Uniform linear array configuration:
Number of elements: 12
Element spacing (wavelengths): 0.75
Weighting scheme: blackman
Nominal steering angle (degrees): -60
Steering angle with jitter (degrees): -60.05
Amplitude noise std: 0.05
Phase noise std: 0.05

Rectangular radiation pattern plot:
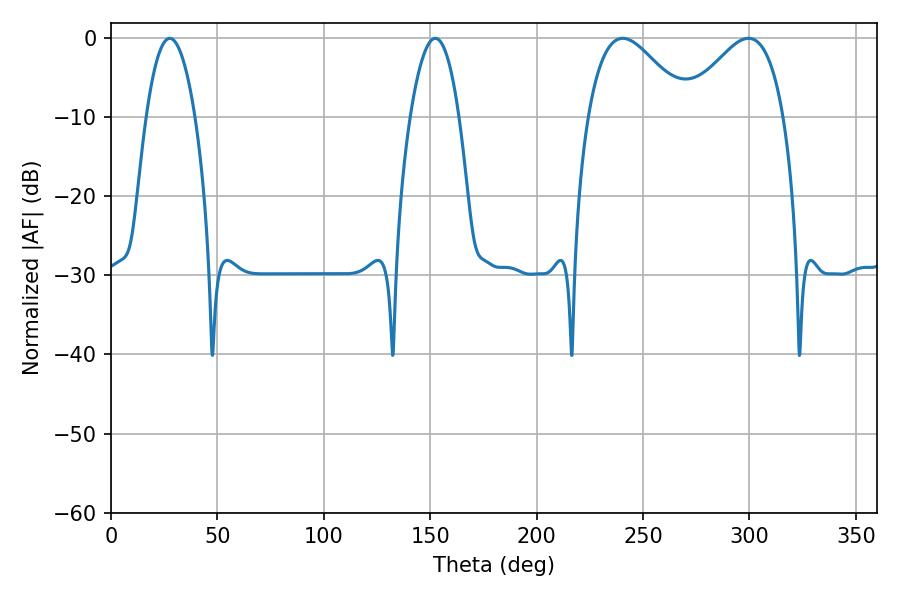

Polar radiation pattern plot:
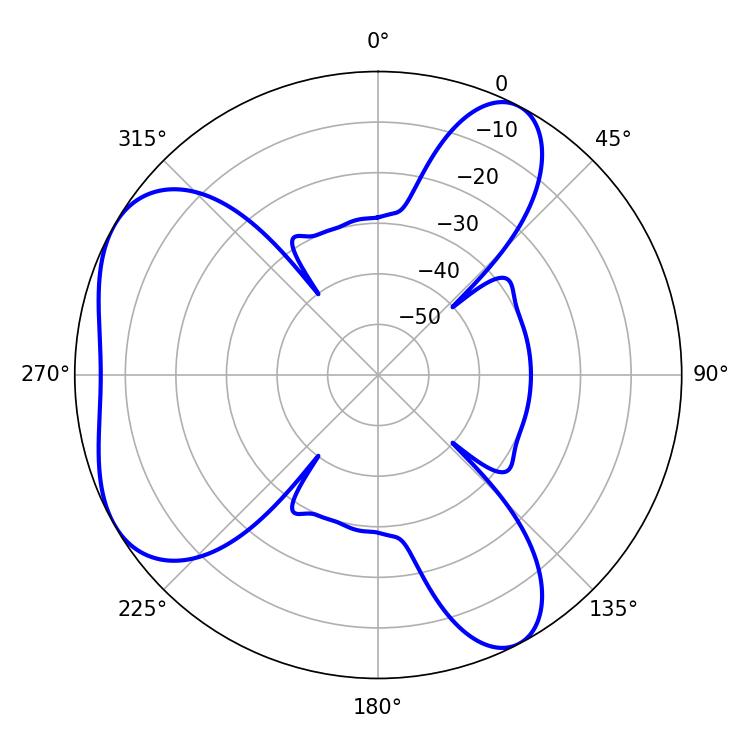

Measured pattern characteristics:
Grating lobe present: TRUE
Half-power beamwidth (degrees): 25.2
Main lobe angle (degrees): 240.48